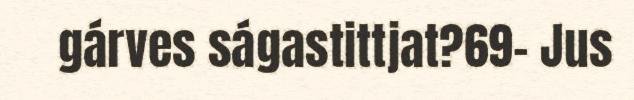
gárves ságastittjat?69– Jus